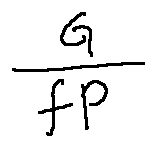
\frac { G } { f P }